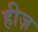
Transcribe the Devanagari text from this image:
हीज़